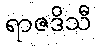
ရာဇဒိသီ